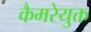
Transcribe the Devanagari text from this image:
कैमरेयुक्त